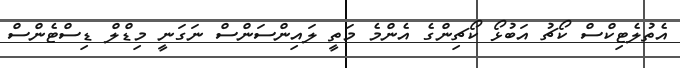
އެތުލެޓިކްސް ކޯޗު އަބުޅޯ ކޯޗިންގެ އެންމެ މަތީ ލައިންސަންސް ނަގަނީ މިޑްލް ޑިސްޓެންސް